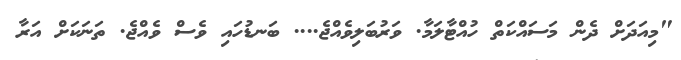
"މިއަދަށް ދެން މަސައްކަތް ހުއްޓާލަމާ. ވަރުބަލިވެއްޖެ.... ބަނޑުހައި ވެސް ވެއްޖެ. ތަނަކަށް އަރާ